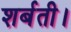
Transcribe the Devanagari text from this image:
शर्बती।